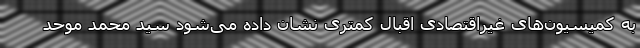
به کمیسیون‌های غیراقتصادی اقبال کمتری نشان داده می‌شود سید محمد موحد